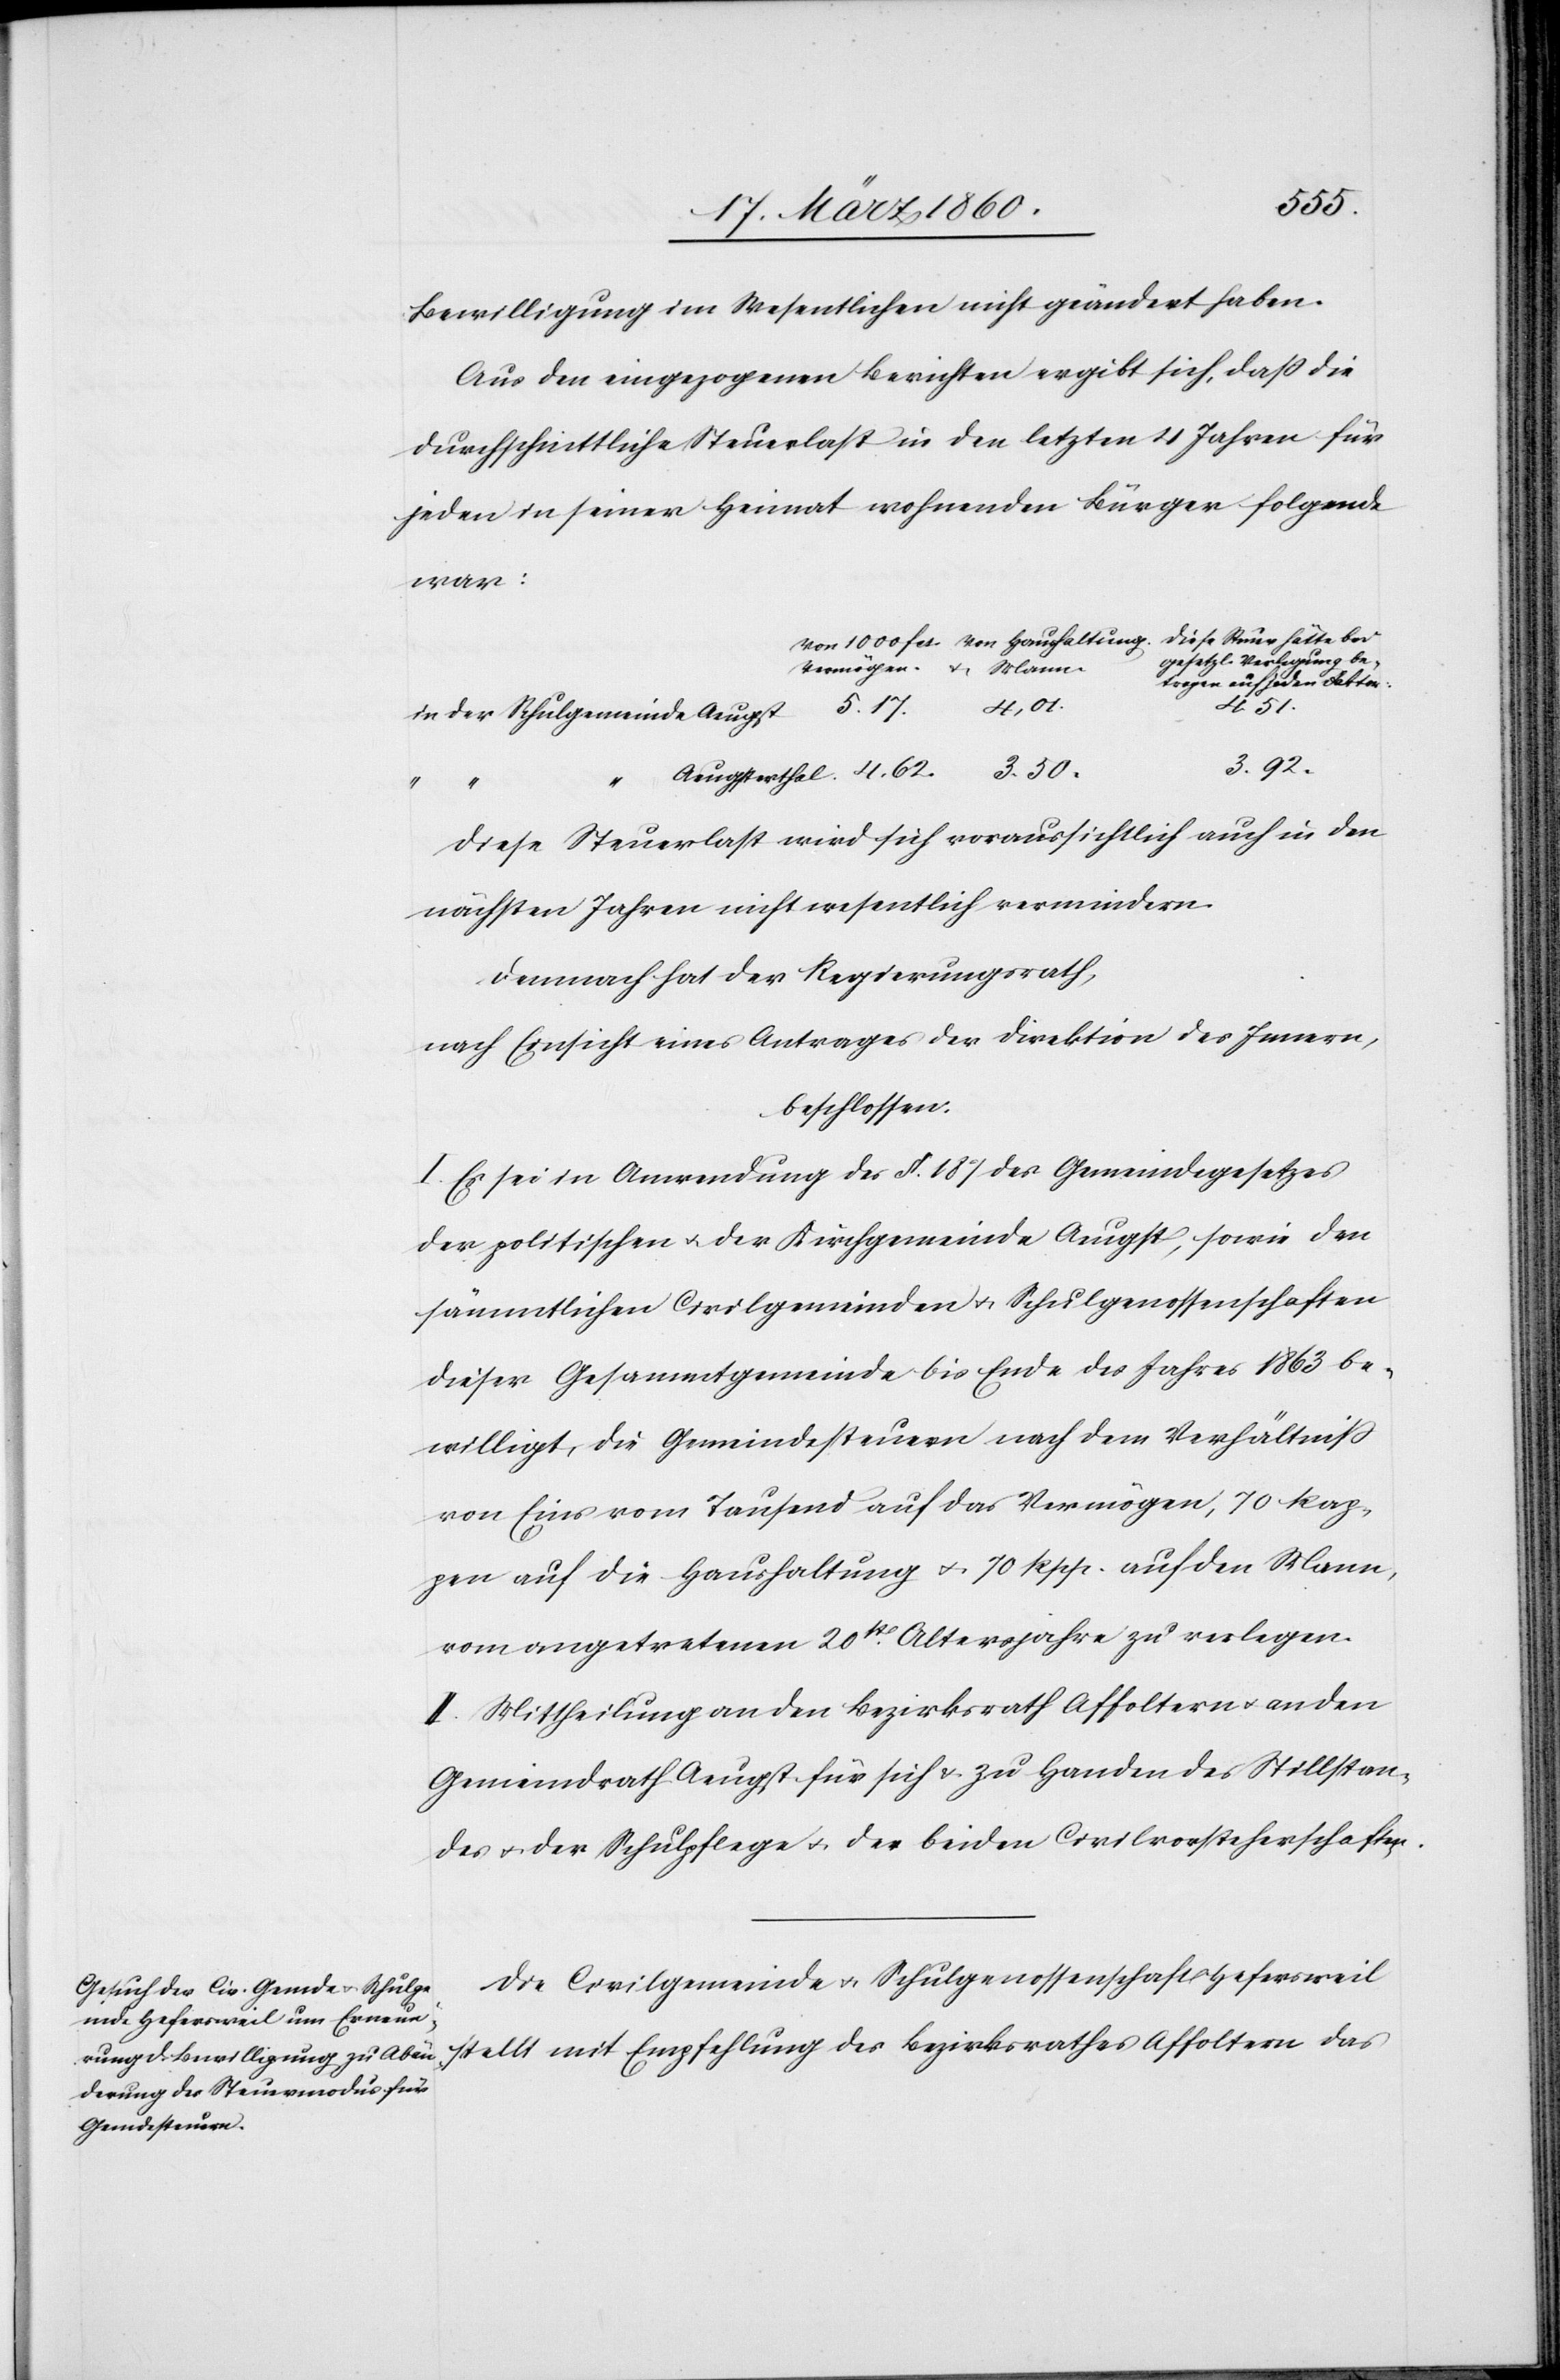
Bewilligung im Wesentlichen nicht geändert haben.
Aus den eingezogenen Berichten ergibt sich, dass die
durchschnittliche Steuerlast in den letzten 4 Jahren für
jeden in seiner Heimat wohnenden Bürger folgende
war:
diese Steuer hätte bei
4. 62.
4. 51.
3. 92.
Diese Steuerlast wird sich voraussichtlich auch in den
nächsten Jahren nicht wesentlich vermindern.
Demnach hat der Regierungsrath,
nach Einsicht eines Antrages der Direktion des Innern,
beschlossen:
I. Es sei in Anwendung des §. 18. des Gemeindegesetzes
der politischen u. der Kirchgemeinde Aeugst, sowie der
sämmtlichen Civilgemeinden u. Schulgenossenschaften
dieser Gesammtgemeinde bis Ende des Jahres 1863 be¬
willigt, die Gemeindesteuern nach dem Verhältniss
von Eins vom Tausend auf das Vermögen, 70 Rap¬
pen auf die Haushaltung u. 70 Rpp. auf den Mann,
vom angetretenen 20st Altersjahre zu verlegen.
II. Mittheilung an den Bezirksrath Affoltern u. an den
Gemeindrath Aeugst für sich u. zu Handen des Stillstan¬
des u. der Schulpflege u. der beiden Civilvorsteherschaften.
Die Civilgemeinde u. Schulgenossenschaft Hefersweil
stellt mit Empfehlung des Bezirksrathes Affoltern das